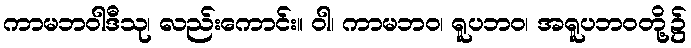
ကာမဘဝါဒီသု၊ လည်းကောင်း။ ဝါ၊ ကာမဘဝ၊ ရူပဘဝ၊ အရူပဘဝတို့၌